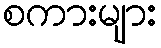
စကားများ